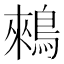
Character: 鶆